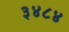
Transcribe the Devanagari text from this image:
३४८४